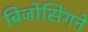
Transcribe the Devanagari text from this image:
बिजोसिंगने